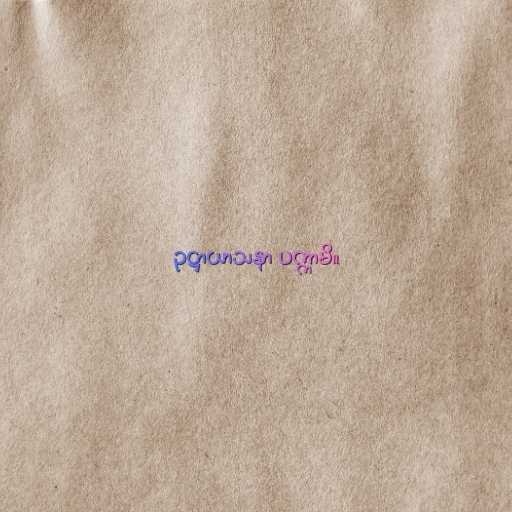
ဥဋ္ဌာယာသနာ ပက္ကာမိ။